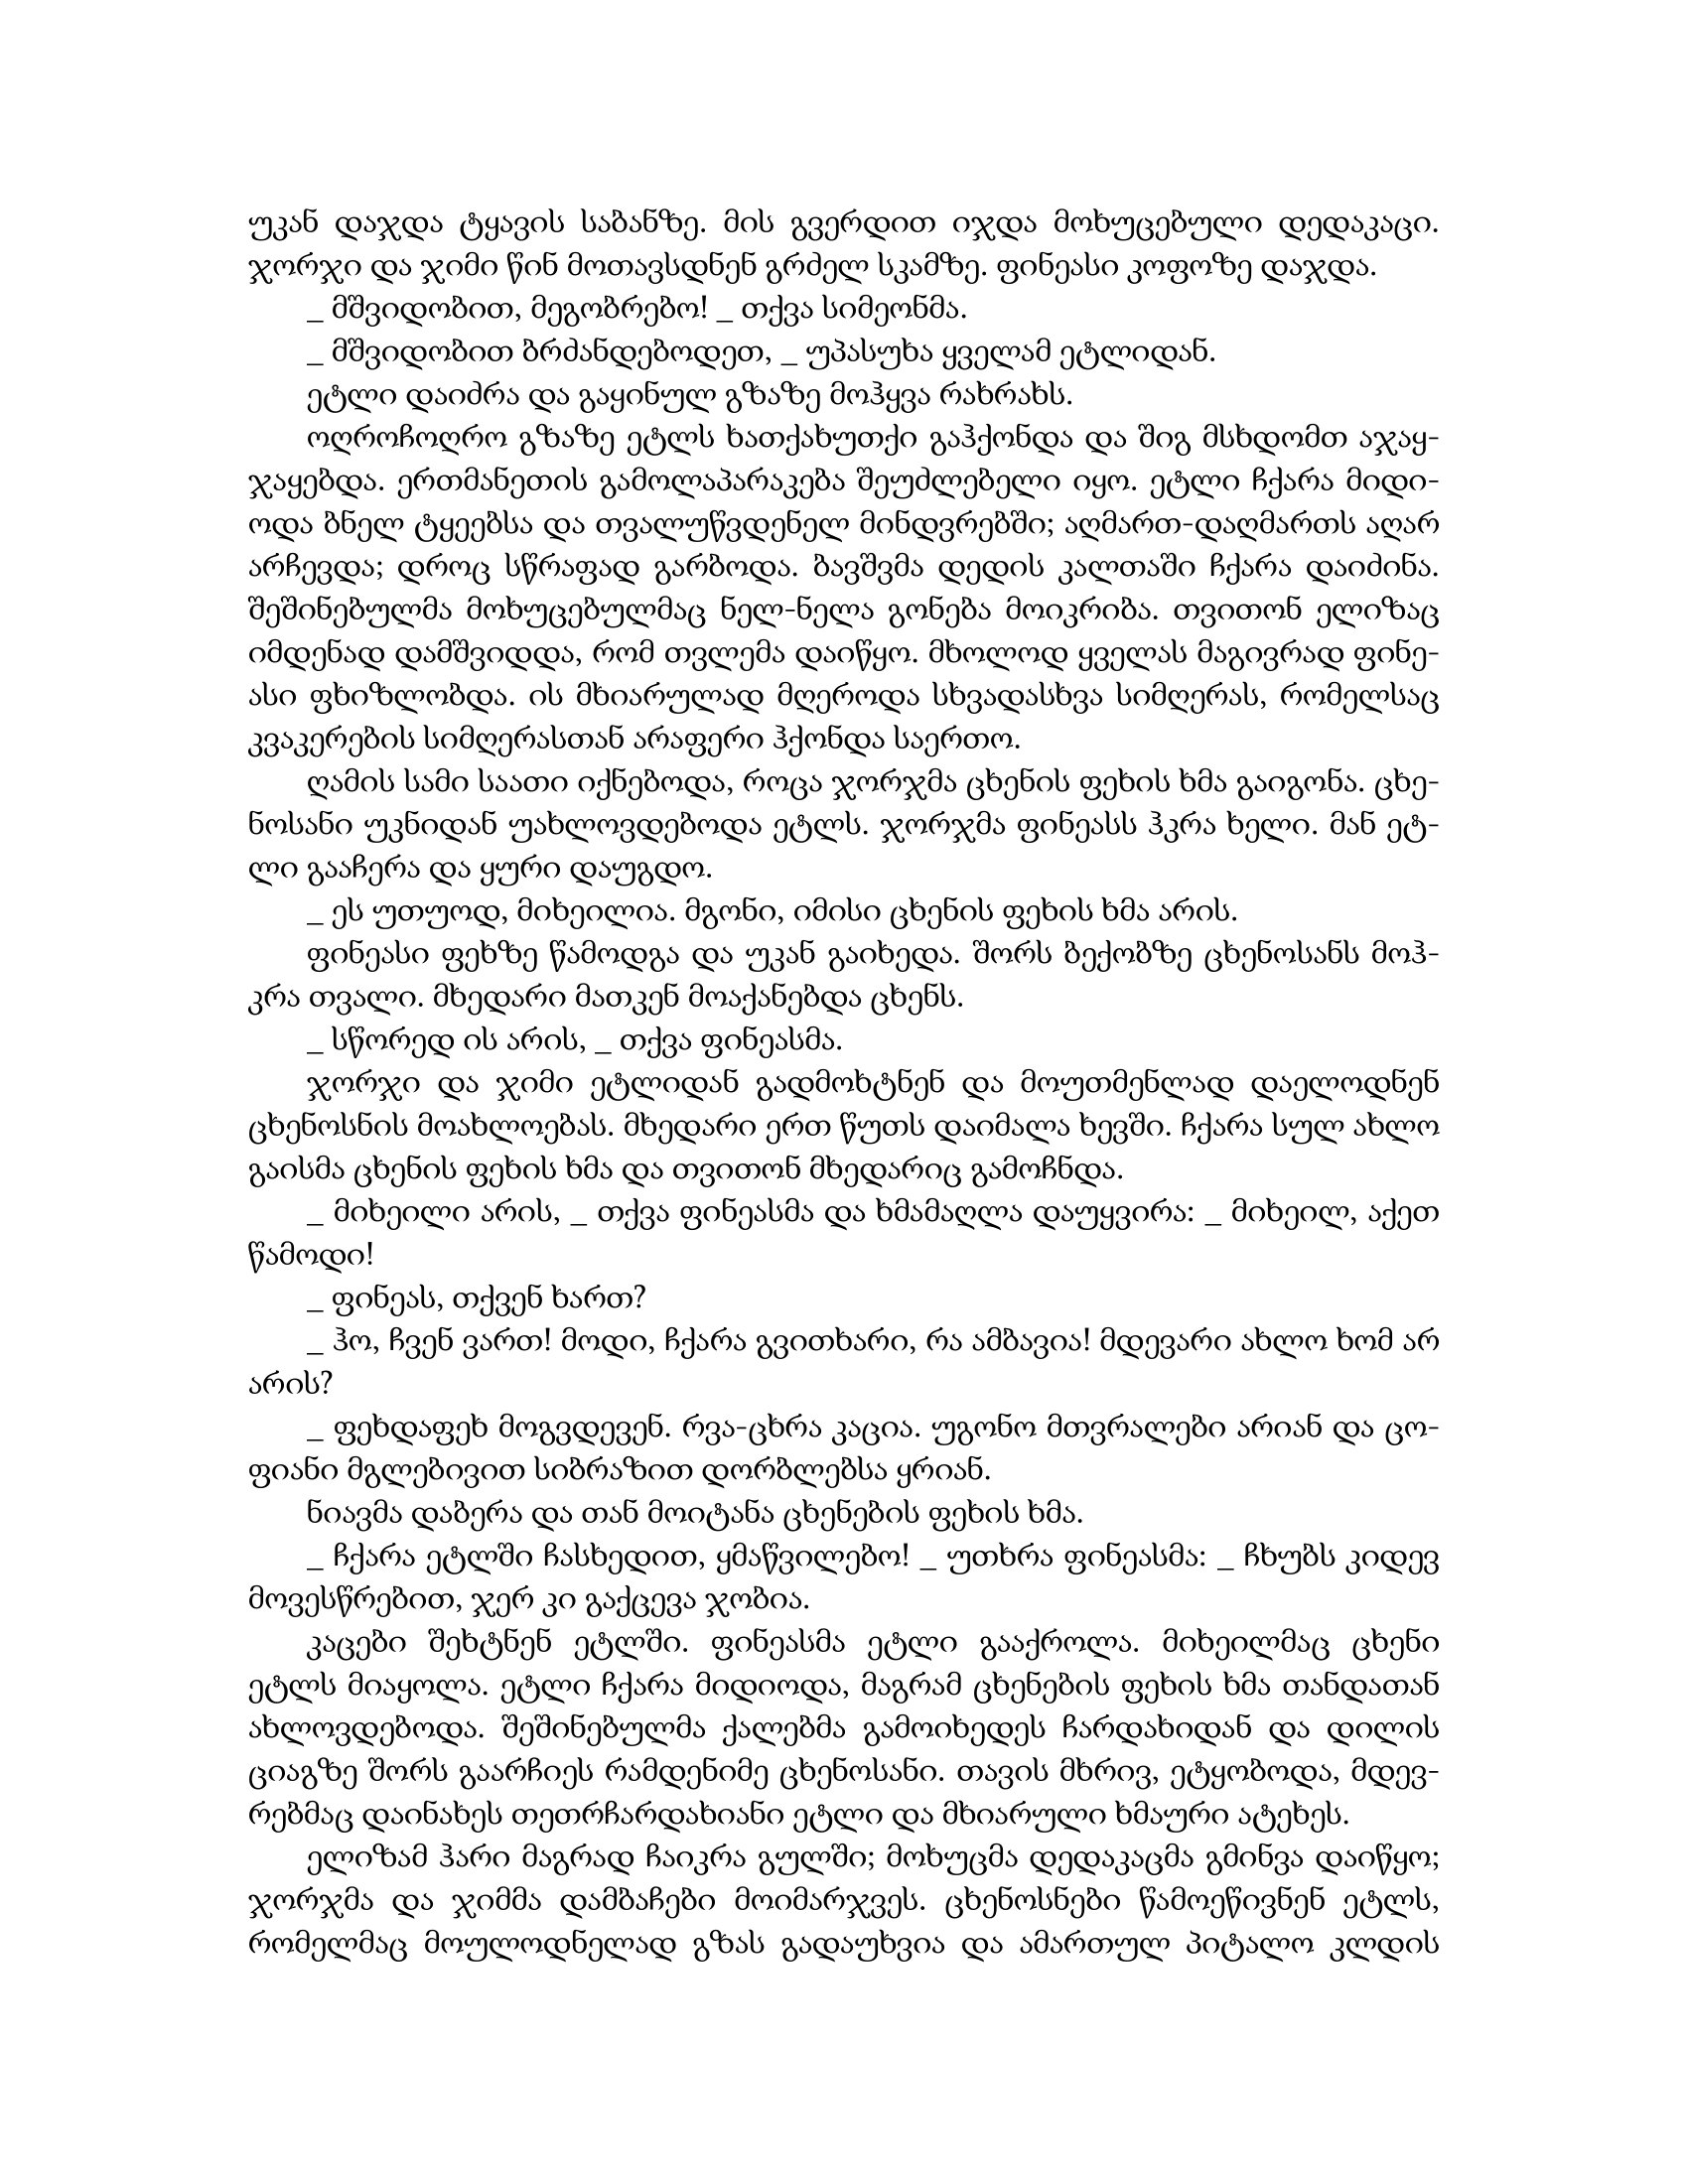
Language: gr